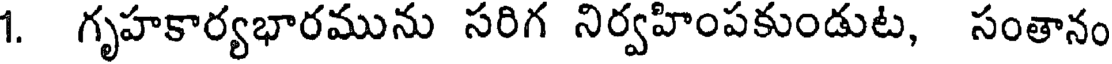
1. గృహకార్యభారమును సరిగ నిర్వహింపకుండుట, సంతానం